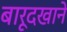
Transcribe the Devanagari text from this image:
बारूदखाने